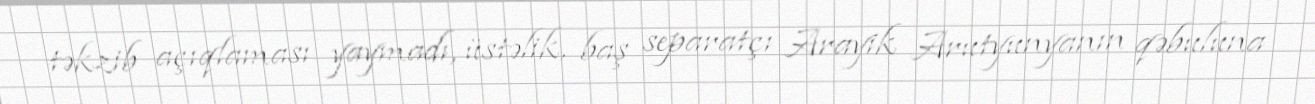
təkzib açıqlaması yaymadı, üstəlik, baş separatçı Arayik Arutyunyanın qəbuluna